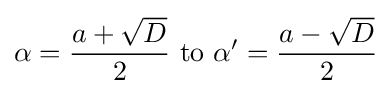
\alpha ={\frac {a+{\sqrt {D}}}{2}}{\text{ to }}\alpha '={\frac {a-{\sqrt {D}}}{2}}